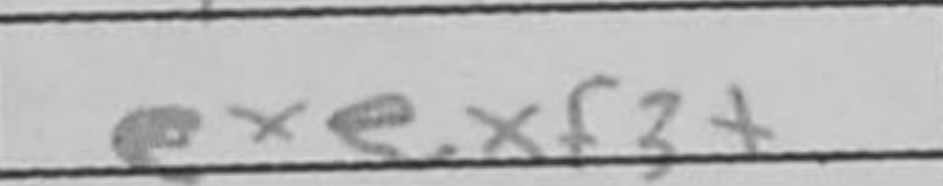
Transcription: exf3+